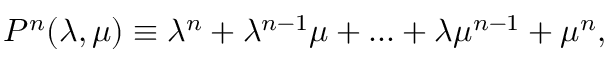
P ^ { n } ( \lambda , \mu ) \equiv \lambda ^ { n } + \lambda ^ { n - 1 } \mu + . . . + \lambda \mu ^ { n - 1 } + \mu ^ { n } ,